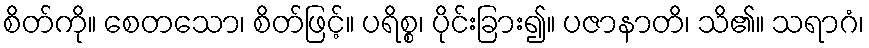
စိတ်ကို။ စေတသော၊ စိတ်ဖြင့်။ ပရိစ္စ၊ ပိုင်းခြား၍။ ပဇာနာတိ၊ သိ၏။ သရာဂံ၊